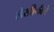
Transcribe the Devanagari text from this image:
लेखीकीने